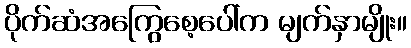
ပိုက်ဆံအကြွေစေ့ပေါ်က မျက်နှာမျိုး။